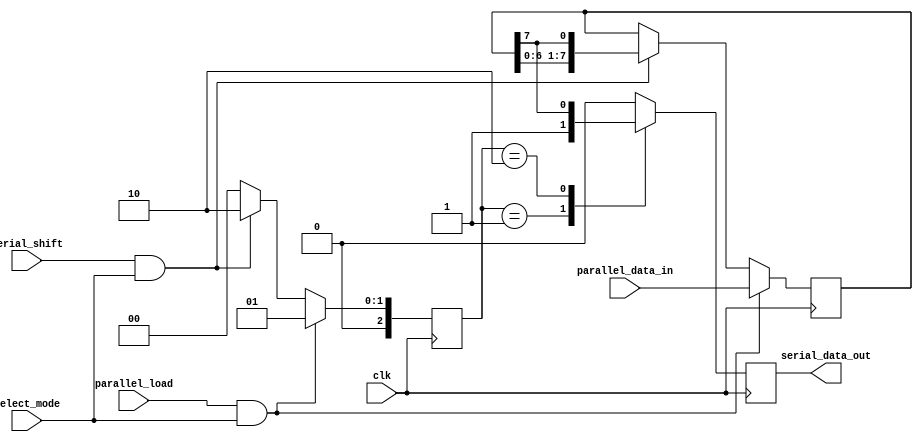
module piso_shift_register(
    input clk, 
    input parallel_load,
    input serial_shift,
    input select_mode,
    input [7:0] parallel_data_in,
    output reg serial_data_out
);

reg [7:0] data; // Internal data storage
reg [2:0] state; // State machine state

always @ (posedge clk) begin
    // State machine logic
    if (parallel_load && select_mode) begin
        data <= parallel_data_in;
        state <= 3'b001; // Load data state
    end else if (serial_shift && select_mode) begin
        data <= {data[6:0], data[7]};
        state <= 3'b010; // Shift data state
    end else begin
        state <= 3'b000; // Idle state
    end
    
    // Output
    case(state)
        3'b000: serial_data_out <= 1'b0; // Idle state, output disabled
        3'b001: serial_data_out <= 1'b1; // Load data state, output enabled
        3'b010: serial_data_out <= data[7]; // Shift data state, output enabled
        default: serial_data_out <= 1'b0; // Default to output disabled
    endcase
end

endmodule